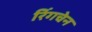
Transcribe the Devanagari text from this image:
रिंगचेन